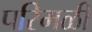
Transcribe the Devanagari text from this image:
परिमळी